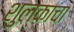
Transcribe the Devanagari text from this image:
शुल्काचा